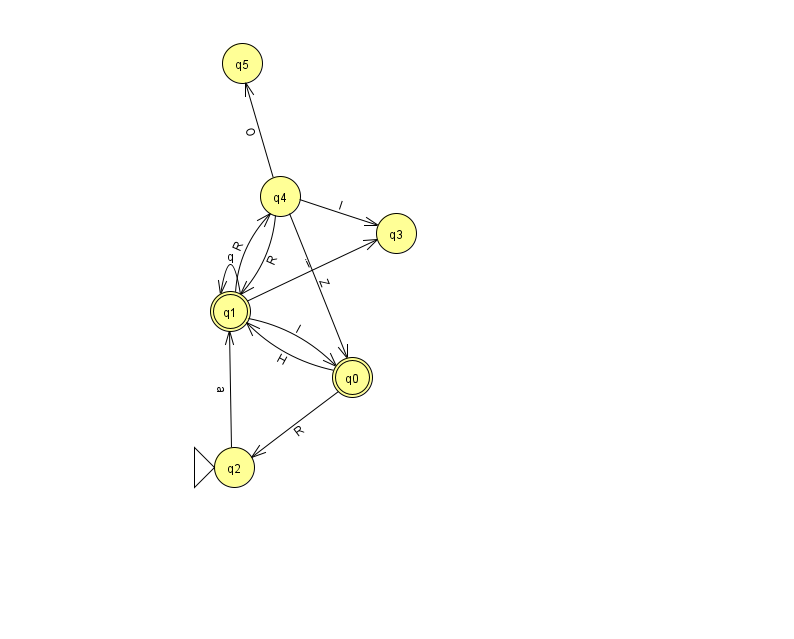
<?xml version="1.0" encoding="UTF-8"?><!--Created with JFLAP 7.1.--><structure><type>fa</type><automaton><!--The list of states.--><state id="0" name="q0"><x>352.0</x><y>364.0</y><final/></state><state id="1" name="q1"><x>230.0</x><y>298.0</y><final/></state><state id="2" name="q2"><x>234.0</x><y>454.0</y><initial/></state><state id="3" name="q3"><x>396.0</x><y>220.0</y></state><state id="4" name="q4"><x>280.0</x><y>183.0</y></state><state id="5" name="q5"><x>242.0</x><y>50.0</y></state><!--The list of transitions.--><transition><from>4</from><to>5</to><read>O</read></transition><transition><from>1</from><to>1</to><read>q</read></transition><transition><from>1</from><to>3</to><read>i</read></transition><transition><from>4</from><to>3</to><read>I</read></transition><transition><from>1</from><to>4</to><read>R</read></transition><transition><from>4</from><to>1</to><read>R</read></transition><transition><from>2</from><to>1</to><read>a</read></transition><transition><from>4</from><to>0</to><read>Z</read></transition><transition><from>0</from><to>1</to><read>H</read></transition><transition><from>0</from><to>2</to><read>R</read></transition><transition><from>1</from><to>0</to><read>I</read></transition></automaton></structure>